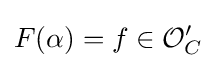
F(\alpha )=f\in {\mathcal {O}}'_{C}